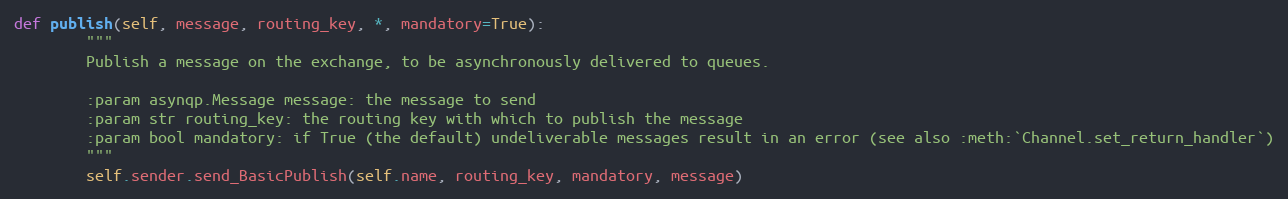
Language: Python
def publish(self, message, routing_key, *, mandatory=True):
        """
        Publish a message on the exchange, to be asynchronously delivered to queues.

        :param asynqp.Message message: the message to send
        :param str routing_key: the routing key with which to publish the message
        :param bool mandatory: if True (the default) undeliverable messages result in an error (see also :meth:`Channel.set_return_handler`)
        """
        self.sender.send_BasicPublish(self.name, routing_key, mandatory, message)